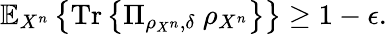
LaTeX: \mathbb{E}_{X^{n}}\left\{ {\mathrm{Tr}}\left\{ \Pi_{\rho_{X^{n}},\delta}\ \rho_{X^{n}}\right\} \right\} \geq 1-\epsilon.